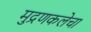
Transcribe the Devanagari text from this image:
मुद्रणकलेचा